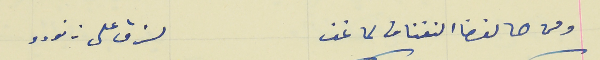
ومن هالفضا النفناف لما نحف                                       لزق على زنودو